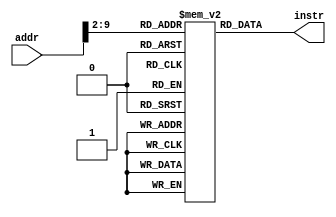
`timescale 1ns/1ps

module InstructionMemory(
  input [31:0] addr,

  output [31:0] instr
);

  reg [31:0] inner [255:0];

  assign instr = inner[{2'b0, addr[31:2] }];

endmodule